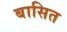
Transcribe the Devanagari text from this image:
बासित